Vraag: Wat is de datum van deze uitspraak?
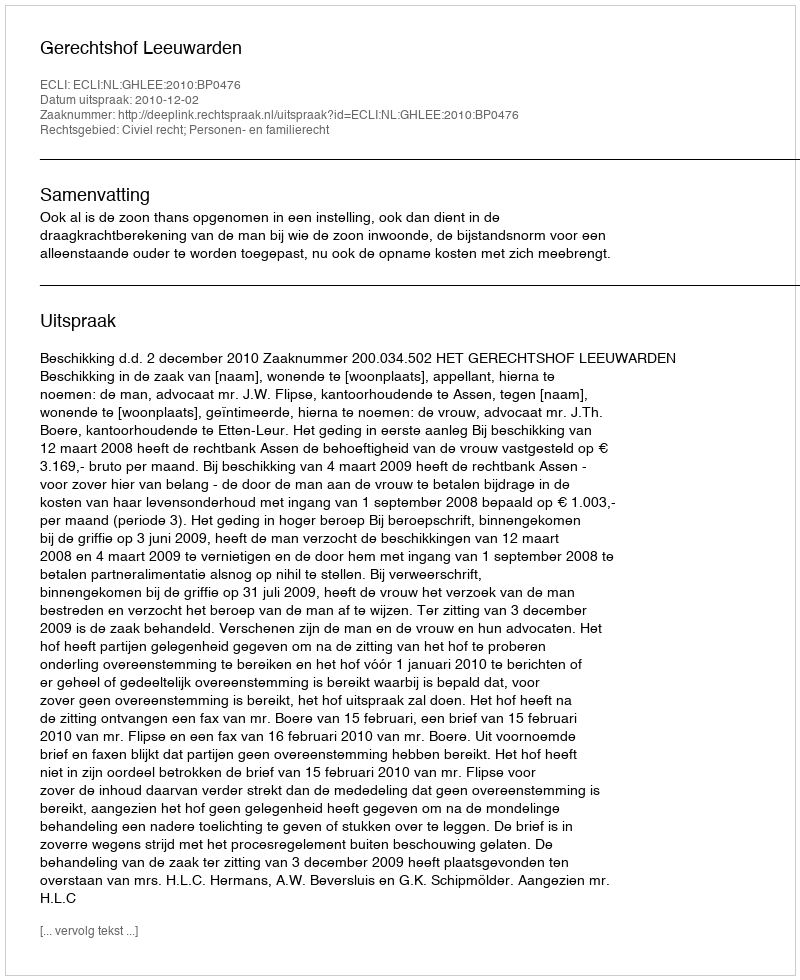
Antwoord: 2010-12-02